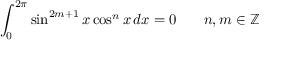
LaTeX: \int _ { 0 } ^ { 2 \pi } \sin ^ { 2 m + 1 } { x } \cos ^ { n } { x } \, d x = 0 \! \qquad n , m \in \mathbb { Z }